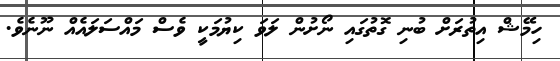
ހިމޭޝް އިތުރަށް ބުނި ގޮތުގައި ނޯށުން ލަވަ ކިޔުމަކީ ވެސް މައްސަލައެއް ނޫނެވެ.